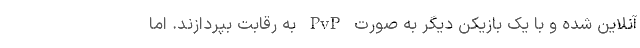
آنلاین شده و با یک بازیکن دیگر به صورت PvP به رقابت بپردازند. اما